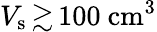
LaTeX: V_{\mathrm{s}}\, {\gtrsim}\, 100~\mathrm{cm^{3}}